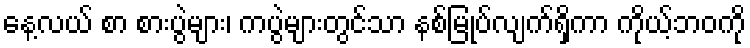
နေ့လယ် စာ စားပွဲများ၊ ကပွဲများတွင်သာ နစ်မြုပ်လျက်ရှိကာ ကိုယ့်ဘဝကို